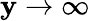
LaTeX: \mathbf{y}\rightarrow\infty